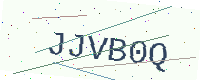
Text: JJVB0Q